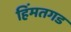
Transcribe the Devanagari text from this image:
हिंमतगड